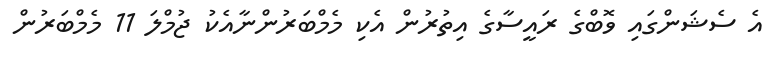
އެ ސެޝަންގައި ވޮބްގެ ރައީސާގެ އިތުރުން އެކި މެމްބަރުންނާއެކު ޖުމްލަ 11 މެމްބަރުން